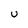
Character: U